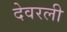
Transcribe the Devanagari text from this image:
देवरली